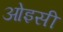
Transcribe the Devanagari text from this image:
ओइसी